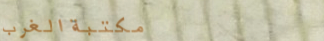
مكتبة الغرب